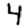
Digit: 4